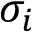
\sigma _ { i }